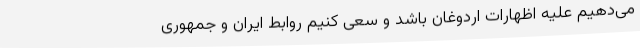
می‌دهیم علیه اظهارات اردوغان باشد و سعی کنیم روابط ایران و جمهوری